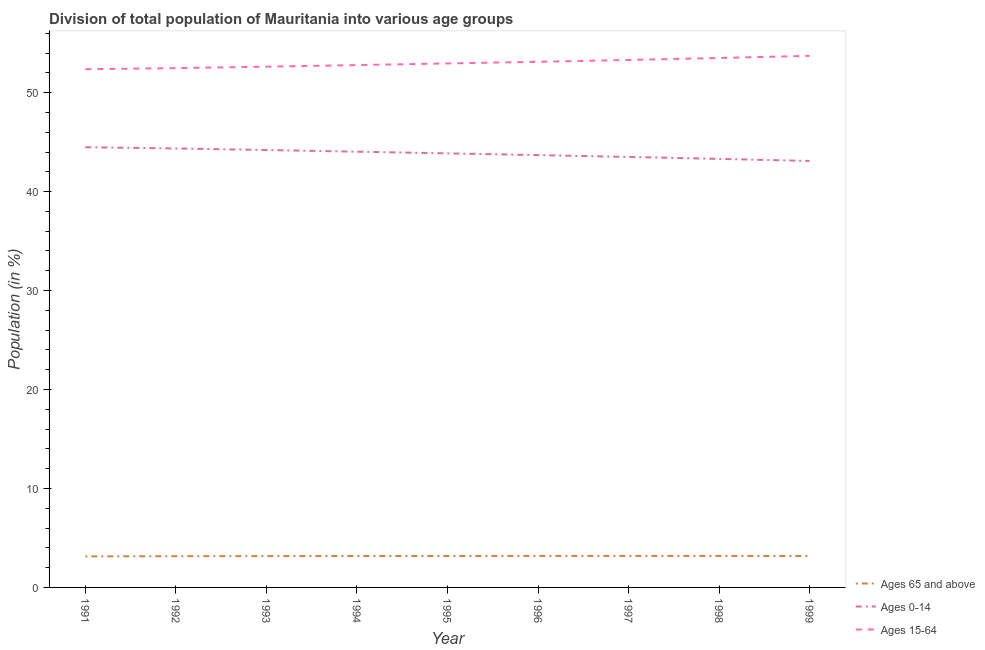
| Year | Ages 65 and above | Ages 0-14 | Ages 15-64 |
 | --- | --- | --- | --- |
 | 1991 | 3.14 | 44.5 | 52.4 |
 | 1992 | 3.15 | 44.4 | 52.5 |
 | 1993 | 3.17 | 44.2 | 52.6 |
 | 1994 | 3.17 | 44 | 52.8 |
 | 1995 | 3.18 | 43.9 | 53 |
 | 1996 | 3.18 | 43.7 | 53.1 |
 | 1997 | 3.19 | 43.5 | 53.3 |
 | 1998 | 3.18 | 43.3 | 53.5 |
 | 1999 | 3.18 | 43.1 | 53.7 |